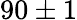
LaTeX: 90\pm 1